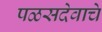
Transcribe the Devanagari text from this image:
पळसदेवाचे